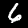
Label: 6